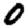
Digit: 0